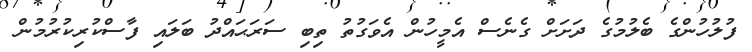
ފުލުހުންގެ ބެލުމުގެ ދަށަށް ގެނެސް އެމީހުން އެވަގުތު ތިބި ސަރަޙައްދު ބަލައި ފާސްކުރިކުރުމުން